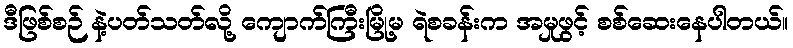
ဒီဖြစ်စဉ် နဲ့ပတ်သတ်လို့ ကျောက်ကြီးမြို့မ ရဲစခန်းက အမှုဖွင့် စစ်ဆေးနေပါတယ်။